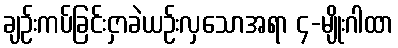
ချဉ်းကပ်ခြင်းငှာခဲယဉ်းလှသောအရာ ၄-မျိုးဂါထာ